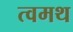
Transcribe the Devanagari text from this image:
त्वमथ